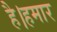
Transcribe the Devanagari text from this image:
है।हमार